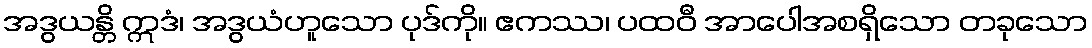
အဒွယန္တိ ဣဒံ၊ အဒွယံဟူသော ပုဒ်ကို။ ဧကဿ၊ ပထဝီ အာပေါအစရှိသော တခုသော